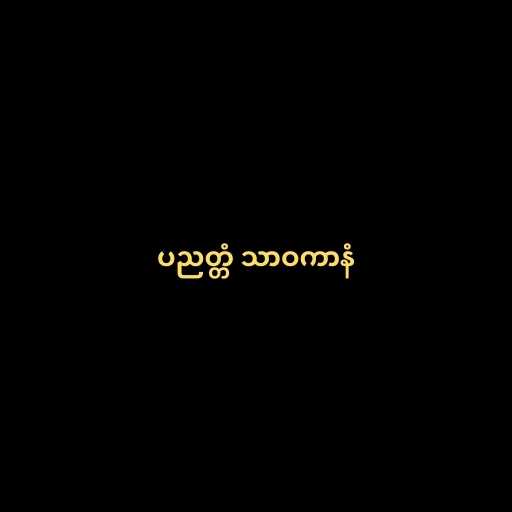
ပညတ္တံ သာဝကာနံ